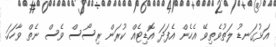
އަޅުގަނޑު ލަތުވެތިވޭ އެހެން އެފަދަ އޮޑިޓެއް ކުރަން ރިސޯސް ވެސް ނެތް ވާހަކަ.